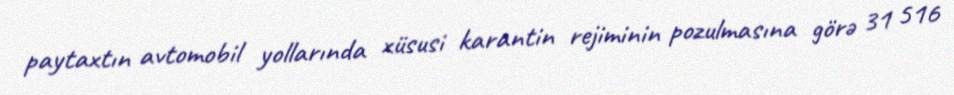
paytaxtın avtomobil yollarında xüsusi karantin rejiminin pozulmasına görə 31 516